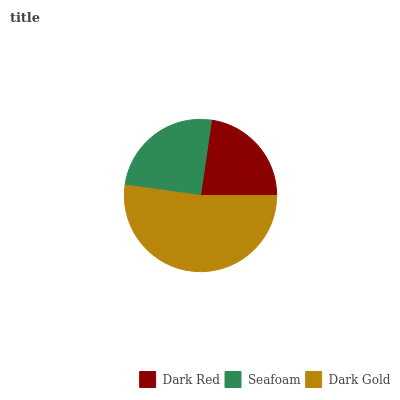
| Dark Red | Seafoam | Dark Gold |
 | --- | --- | --- |
 | 22.7% | 25.1% | 52.1% |